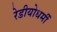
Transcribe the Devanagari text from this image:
रेडीयोधर्मी